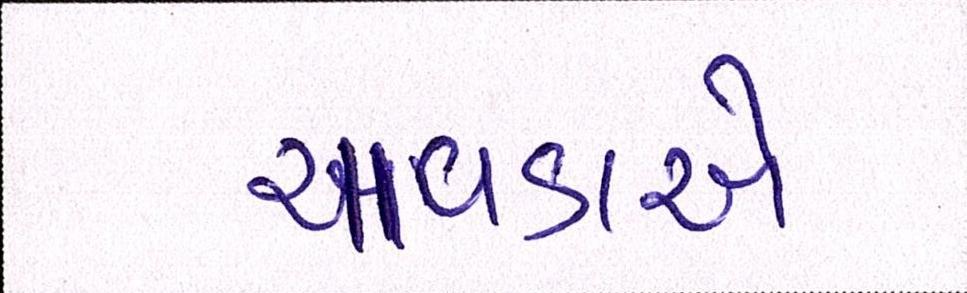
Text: ચાવડાએ